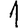
Digit: 1